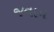
જવાન